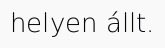
helyen állt.